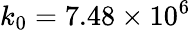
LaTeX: k_{0}=7.48\times 10^{6}